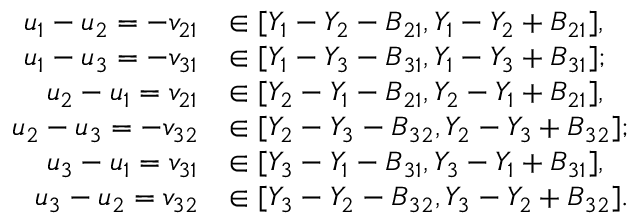
\begin{array} { r l } { u _ { 1 } - u _ { 2 } = - v _ { 2 1 } } & { \in [ Y _ { 1 } - Y _ { 2 } - B _ { 2 1 } , Y _ { 1 } - Y _ { 2 } + B _ { 2 1 } ] , } \\ { u _ { 1 } - u _ { 3 } = - v _ { 3 1 } } & { \in [ Y _ { 1 } - Y _ { 3 } - B _ { 3 1 } , Y _ { 1 } - Y _ { 3 } + B _ { 3 1 } ] ; } \\ { u _ { 2 } - u _ { 1 } = v _ { 2 1 } } & { \in [ Y _ { 2 } - Y _ { 1 } - B _ { 2 1 } , Y _ { 2 } - Y _ { 1 } + B _ { 2 1 } ] , } \\ { u _ { 2 } - u _ { 3 } = - v _ { 3 2 } } & { \in [ Y _ { 2 } - Y _ { 3 } - B _ { 3 2 } , Y _ { 2 } - Y _ { 3 } + B _ { 3 2 } ] ; } \\ { u _ { 3 } - u _ { 1 } = v _ { 3 1 } } & { \in [ Y _ { 3 } - Y _ { 1 } - B _ { 3 1 } , Y _ { 3 } - Y _ { 1 } + B _ { 3 1 } ] , } \\ { u _ { 3 } - u _ { 2 } = v _ { 3 2 } } & { \in [ Y _ { 3 } - Y _ { 2 } - B _ { 3 2 } , Y _ { 3 } - Y _ { 2 } + B _ { 3 2 } ] . } \end{array}